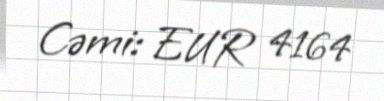
Cəmi: EUR 4164